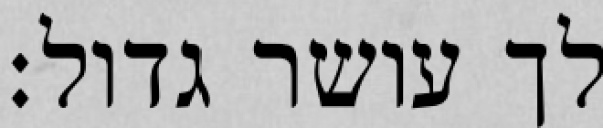
לך עושר גדול: